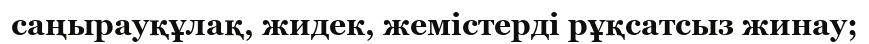
саңырауқұлақ, жидек, жемiстердi рұқсатсыз жинау;